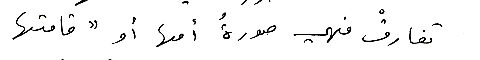
تفارقْ فهي صورةُ أمها أو "قامتها